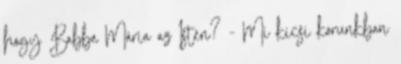
hogy Babba Mária az Isten? - Mi kicsi korunkban